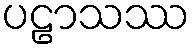
ပဠာသဿ